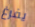
يفرغ